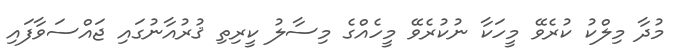
މުދާ މިލްކު ކުރެވޭ މީހަކާ ނުކުރެވޭ މީހެއްގެ މިސާލު ކީރިތި ޤުރުއާނުގައި ޖައްސަވާފައި